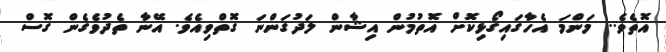
އޮތެވެ.. މަންމަ އެހާގައިގޯޅިކޮށް އޮތުމުން އިޝާން ލަދުގަންނަ ގޮތްވިއެވެ. އޭނާ ތެދުވެގެން ގޮސް